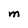
Character: m